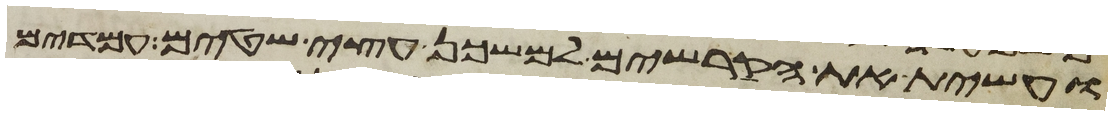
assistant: ועשית את הקרשים למשכן עצי שטים עמדים